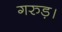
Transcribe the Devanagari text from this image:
गरुड़।